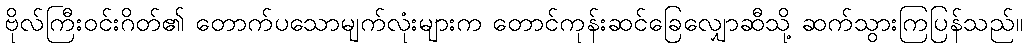
ဗိုလ်ကြီးဝင်းဂိတ်၏ တောက်ပသောမျက်လုံးများက တောင်ကုန်းဆင်ခြေလျှောဆီသို့ ဆက်သွားကြပြန်သည်။